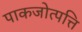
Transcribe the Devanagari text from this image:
पाकजोत्पत्ति